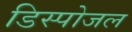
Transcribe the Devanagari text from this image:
डिस्पोजल